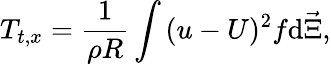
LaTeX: T_{t,x}=\frac{1}{\rho R}\int{(u-U)^{2}}f\mathrm{d}{\vec{\Xi}},